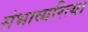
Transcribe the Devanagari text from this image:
संभाव्यरित्या